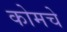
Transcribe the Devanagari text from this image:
कोमचे